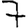
Digit: 7